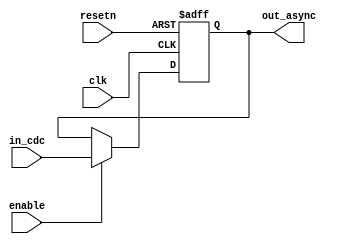
//------------------------------------------------------------------------------
// The confidential and proprietary information contained in this file may
// only be used by a person authorised under and to the extent permitted
// by a subsisting licensing agreement from ARM Limited.
//
//            (C) COPYRIGHT 2008-2010 ARM Limited.
//                ALL RIGHTS RESERVED
//
// This entire notice must be reproduced on all copies of this file
// and copies of this file may only be made by a person if such person is
// permitted to do so under the terms of a subsisting license agreement
// from ARM Limited.
//------------------------------------------------------------------------------
// Version and Release Control Information:
//
// File Revision       :  7369 
// File Date           :  2010-04-27 20:30:45 +0530 (Tue, 27 Apr 2010) 
// Release Information : Cortex-M0 DesignStart-r2p0-00rel0
//------------------------------------------------------------------------------
//  Purpose : This is a cdc launch block. It contains the cdc launch register
//            and an OVL to assert that the output of the block is gray encoded
//------------------------------------------------------------------------------

module cxapbasyncbridge_cdc_launch_gry (
  clk, 
  resetn, 
  enable,
  in_cdc,
  out_async
  );

  parameter WIDTH = 1;
  
  // ------------------------------------------------------
  // port declaration
  // ------------------------------------------------------
  input               clk; 
  input               resetn; 
  input               enable;
  input  [WIDTH-1:0]  in_cdc;
  output [WIDTH-1:0]  out_async;

  // -------------------------------------------
  // reg/wire declarations
  // ------------------------------------------------------

  reg   [WIDTH-1:0]  out_async;

  always@(posedge clk or negedge resetn)
     begin : p_cdc_launch_seq
        if(!resetn)
           out_async <= {WIDTH{1'b0}};
        else if (enable)
           out_async <= in_cdc;
     end

`ifdef ARM_ASSERT_ON

  //----------------------------------------------------------------------------
  // OVL_ASSERT: Check that the value is correctly gray encoded
  //----------------------------------------------------------------------------
  //----------------------------------------------------------------------------
  // OVL_ASSERT_RTL
  ovl_code_distance
    #(0, 1, 1, WIDTH, 0, "Clock domain crossing signal is not correctly gray encoded")
      ovl_gray_enc_check
        (.clock        (clk),
         .reset      (resetn),
         .enable     (1'b1),
         .test_expr1 (in_cdc),
         .test_expr2 (out_async),
         .fire       ());
  // OVL_ASSERT_END

`endif
  
endmodule